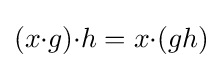
(x{\cdot }g){\cdot }h=x{\cdot }(gh)